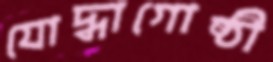
যোদ্ধাগোষ্ঠী